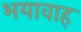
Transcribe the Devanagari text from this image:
भयावाह